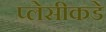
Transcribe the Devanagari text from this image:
प्लेसीकडे